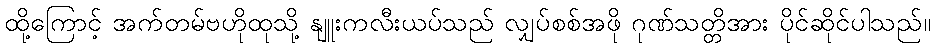
ထို့ကြောင့် အက်တမ်ဗဟိုထုသို့ နျူးကလီးယပ်သည် လျှပ်စစ်အဖို ဂုဏ်သတ္တိအား ပိုင်ဆိုင်ပါသည်။